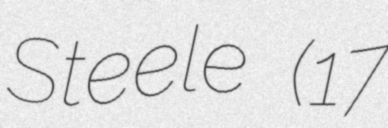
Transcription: Steele (17